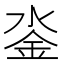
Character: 𨥗